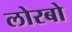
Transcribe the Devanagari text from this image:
लोरबो